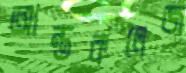
আন্তকলেজ